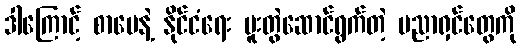
ဒါကြောင့် စာပေနဲ့ နိုင်ငံရေး ပူးတွဲဆောင်ရွက်တဲ့ ပညာရှင်တွေကို